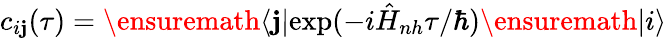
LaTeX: c_{i\mathbf{j}}(\tau)=\ensuremath{{\left\langle\mathbf{j}\right|}}\mathrm{{exp}}(-i\hat{{H}}_{nh}\tau/\hbar)\ensuremath{{\left|i\right\rangle}}